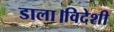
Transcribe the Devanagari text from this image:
डाला।विदेशी